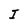
Character: I